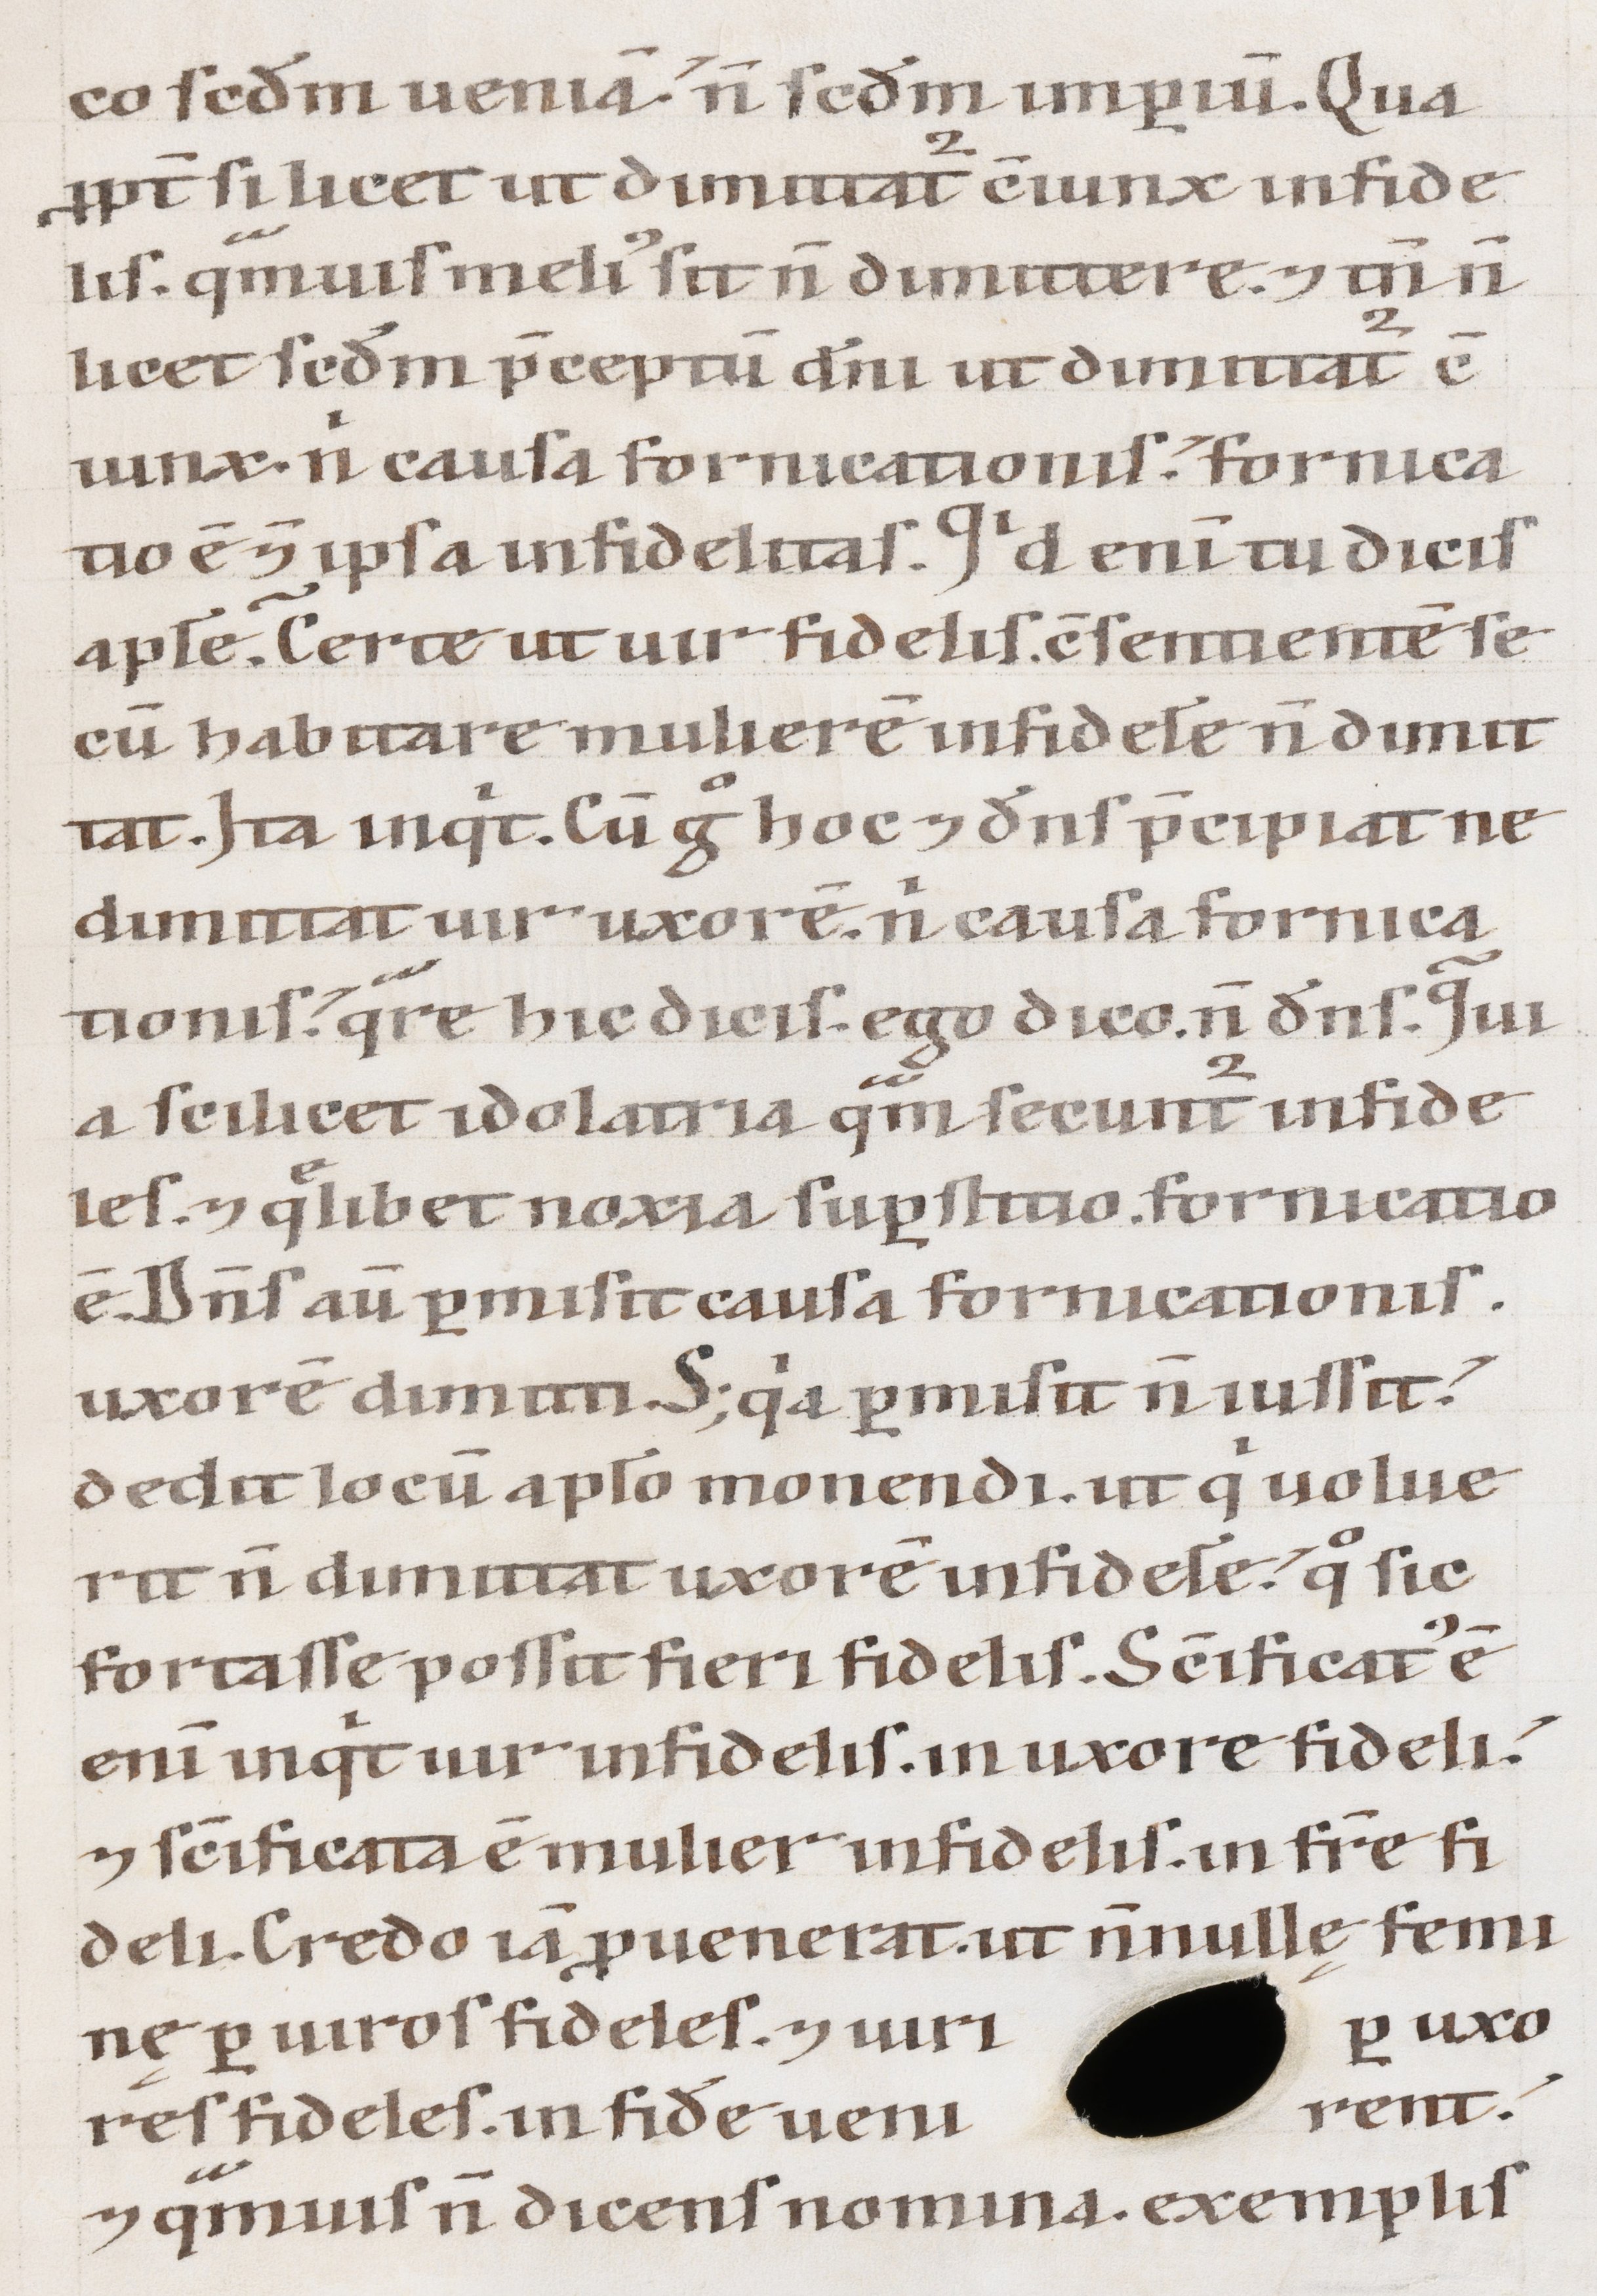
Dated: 1100–1199